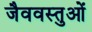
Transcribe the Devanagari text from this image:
जैववस्तुओं